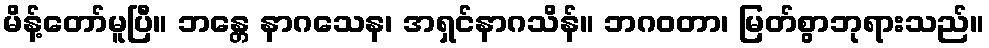
မိန့်တော်မူပြီ။ ဘန္တေ နာဂသေန၊ အရှင်နာဂသိန်။ ဘဂဝတာ၊ မြတ်စွာဘုရားသည်။